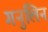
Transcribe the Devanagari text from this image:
गनुलिन